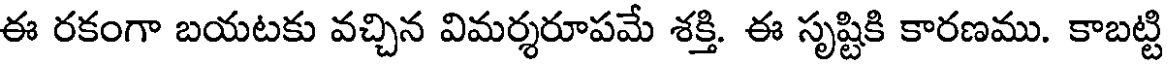
ఈ రకంగా బయటకు వచ్చిన విమర్శరూపమే శక్తి. ఈ సృష్టికి కారణము. కాబట్టి